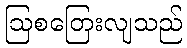
ဩစတြေးလျသည်